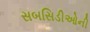
સબસિડીઓની